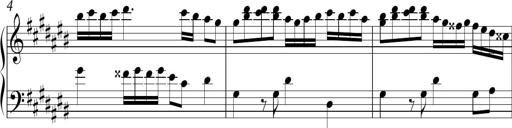
Title: Ten Piano Sonatinas
Composer: Andreas Sain